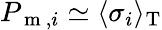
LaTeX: P_{\mathrm{~m~},i}\simeq\langle\sigma_{i}\rangle_{\mathrm{T}}